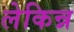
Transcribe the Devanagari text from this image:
लेकिन्न